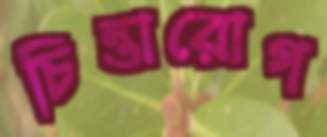
চিন্তারোগ